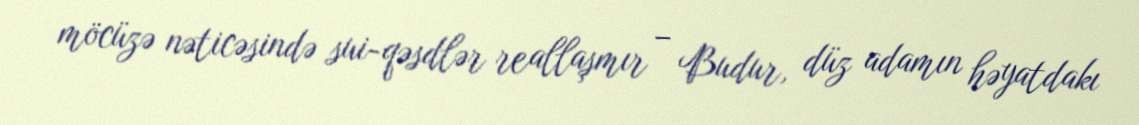
möcüzə nəticəsində sui-qəsdlər reallaşmır – Budur, düz adamın həyatdakı